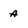
Character: a